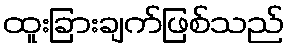
ထူးခြားချက်ဖြစ်သည်